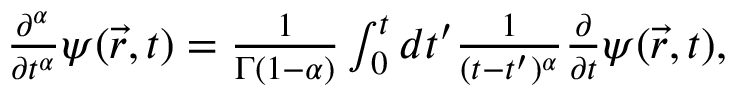
\begin{array} { r } { \frac { \partial ^ { \alpha } } { \partial t ^ { \alpha } } \psi ( \vec { r } , t ) = \frac { 1 } { \Gamma \left( 1 - \alpha \right) } \int _ { 0 } ^ { t } d t ^ { \prime } \frac { 1 } { ( t - t ^ { \prime } ) ^ { \alpha } } \frac { \partial } { \partial t } \psi ( \vec { r } , t ) , } \end{array}